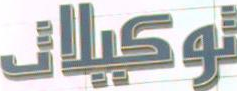
توكيلات